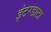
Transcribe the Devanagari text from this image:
इंटरडाटा